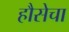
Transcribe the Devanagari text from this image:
हौसेचा